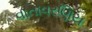
વાતાવરણિય